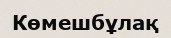
Көмешбұлақ